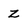
Character: z